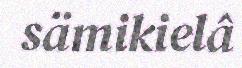
sämikielâ